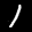
Label: 1